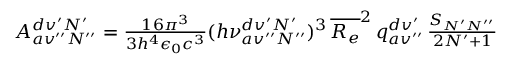
\begin{array} { r } { A _ { a v ^ { \prime \prime } N ^ { \prime \prime } } ^ { d v ^ { \prime } N ^ { \prime } } = \frac { 1 6 \pi ^ { 3 } } { 3 h ^ { 4 } \epsilon _ { 0 } c ^ { 3 } } ( h \nu _ { a v ^ { \prime \prime } N ^ { \prime \prime } } ^ { d v ^ { \prime } N ^ { \prime } } ) ^ { 3 } \, \overline { { R _ { e } } } ^ { 2 } \, q _ { a v ^ { \prime \prime } } ^ { d v ^ { \prime } } \, \frac { S _ { N ^ { \prime } N ^ { \prime \prime } } } { 2 N ^ { \prime } + 1 } } \end{array}